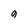
Character: 9